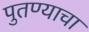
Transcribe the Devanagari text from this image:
पुतण्याचा